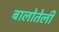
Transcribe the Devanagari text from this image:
बालोतेली